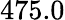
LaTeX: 475.0